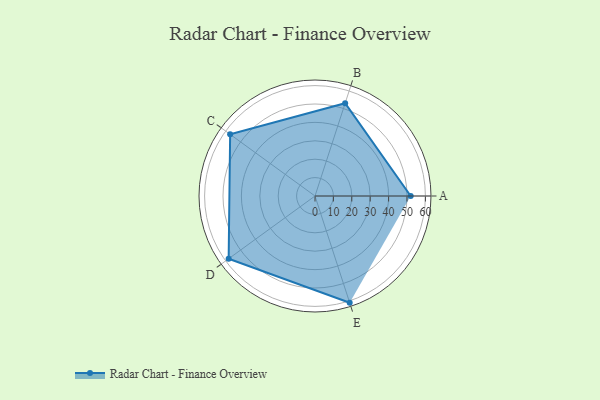
{"axis": {"x": "Skill", "y": "Score"}, "legend": ["Profile"], "data": [{"x": "A", "y": 52.0, "type": "Profile"}, {"x": "B", "y": 53.0, "type": "Profile"}, {"x": "C", "y": 57.0, "type": "Profile"}, {"x": "D", "y": 58.0, "type": "Profile"}, {"x": "E", "y": 61.0, "type": "Profile"}]}